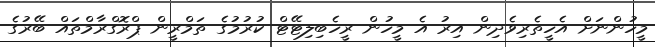
މީހުންނަށް އެހީތެރިވެދިން އިރު އެ މީހުން ރީހެބިލިޓޭޓް ކުރުމުގެ ތަމްރީން ޕްރޮގްރާމްތައް ބޭރުގެ